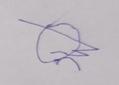
Signature authenticity: forged